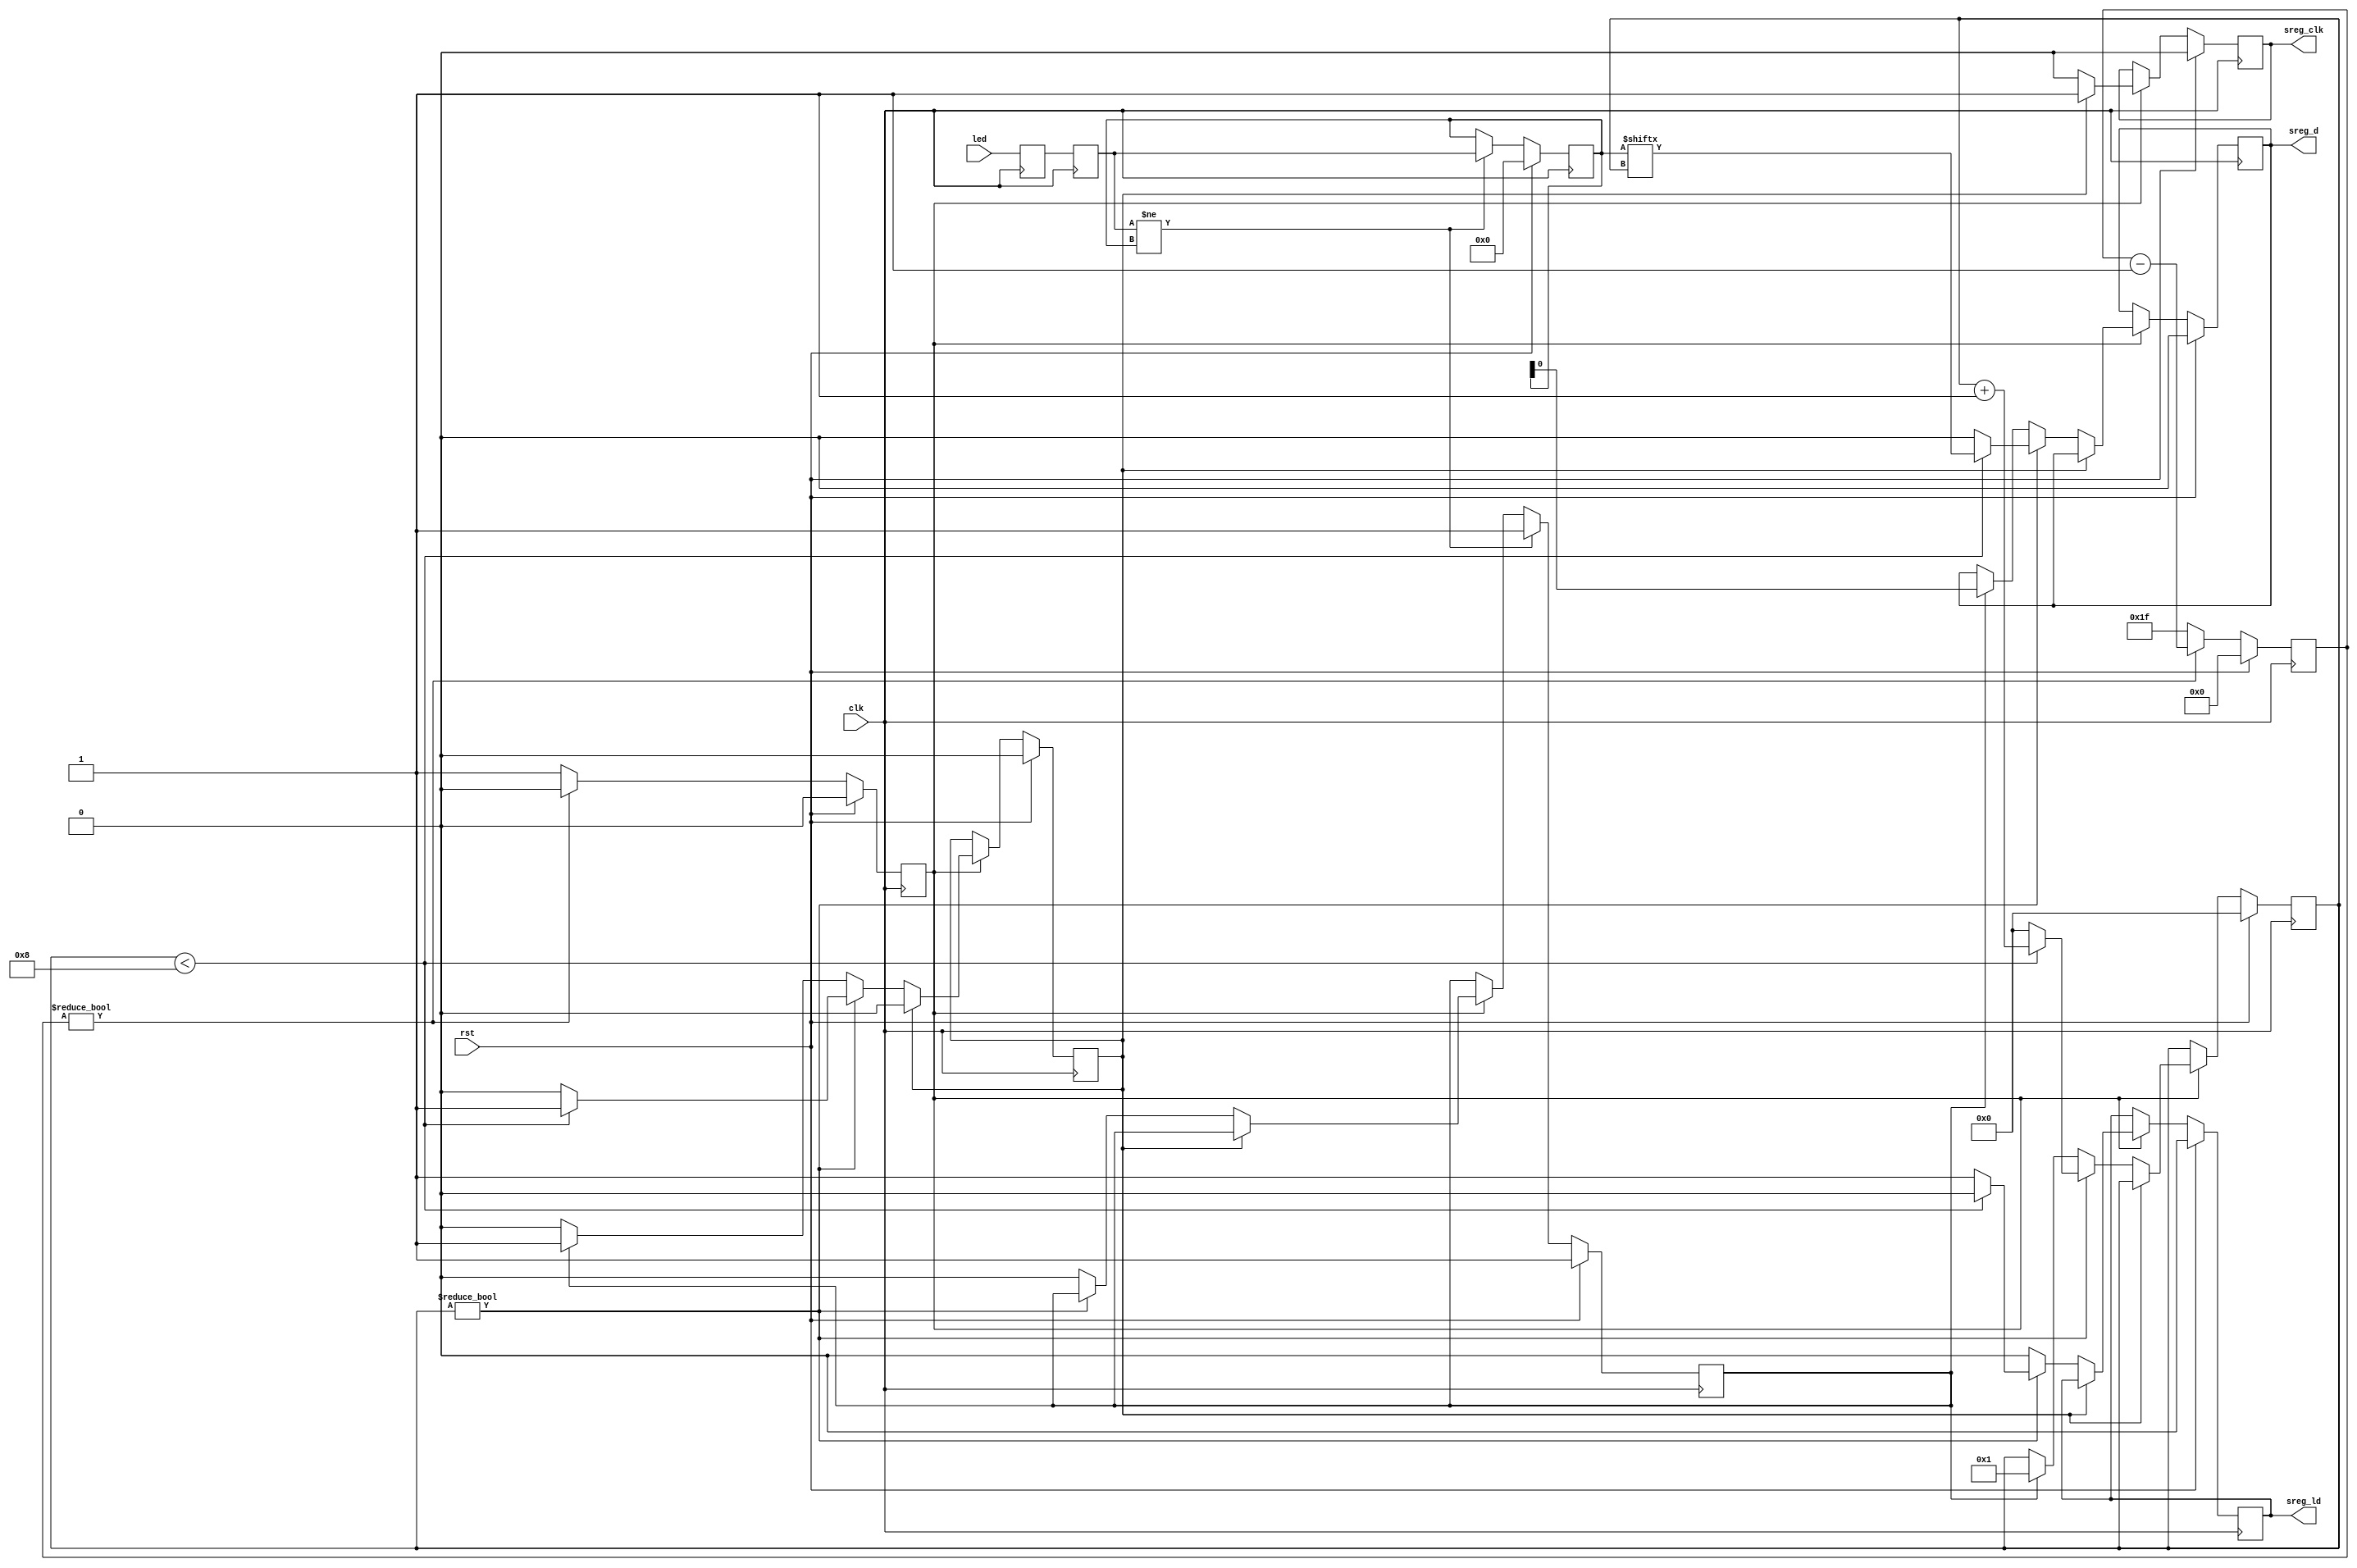
// This program was cloned from: https://github.com/alexforencich/verilog-ethernet
// License: MIT License

/*

Copyright (c) 2020 Alex Forencich

Permission is hereby granted, free of charge, to any person obtaining a copy
of this software and associated documentation files (the "Software"), to deal
in the Software without restriction, including without limitation the rights
to use, copy, modify, merge, publish, distribute, sublicense, and/or sell
copies of the Software, and to permit persons to whom the Software is
furnished to do so, subject to the following conditions:

The above copyright notice and this permission notice shall be included in
all copies or substantial portions of the Software.

THE SOFTWARE IS PROVIDED "AS IS", WITHOUT WARRANTY OF ANY KIND, EXPRESS OR
IMPLIED, INCLUDING BUT NOT LIMITED TO THE WARRANTIES OF MERCHANTABILITY
FITNESS FOR A PARTICULAR PURPOSE AND NONINFRINGEMENT. IN NO EVENT SHALL THE
AUTHORS OR COPYRIGHT HOLDERS BE LIABLE FOR ANY CLAIM, DAMAGES OR OTHER
LIABILITY, WHETHER IN AN ACTION OF CONTRACT, TORT OR OTHERWISE, ARISING FROM,
OUT OF OR IN CONNECTION WITH THE SOFTWARE OR THE USE OR OTHER DEALINGS IN
THE SOFTWARE.

*/

// Language: Verilog 2001

`resetall
`timescale 1ns / 1ps
`default_nettype none

/*
 * LED shift register driver
 */
module led_sreg_driver #(
    // number of LEDs
    parameter COUNT = 8,
    // invert output
    parameter INVERT = 0,
    // clock prescale
    parameter PRESCALE = 31
)
(
    input  wire             clk,
    input  wire             rst,

    input  wire [COUNT-1:0] led,

    output wire             sreg_d,
    output wire             sreg_ld,
    output wire             sreg_clk
);

localparam CL_COUNT = $clog2(COUNT+1);
localparam CL_PRESCALE = $clog2(PRESCALE+1);

reg [CL_COUNT-1:0] count_reg = 0;
reg [CL_PRESCALE-1:0] prescale_count_reg = 0;
reg enable_reg = 1'b0;
reg update_reg = 1'b1;
reg cycle_reg = 1'b0;

reg [COUNT-1:0] led_sync_reg_1 = 0;
reg [COUNT-1:0] led_sync_reg_2 = 0;
reg [COUNT-1:0] led_reg = 0;

reg sreg_d_reg = 1'b0;
reg sreg_ld_reg = 1'b0;
reg sreg_clk_reg = 1'b0;

assign sreg_d = INVERT ? !sreg_d_reg : sreg_d_reg;
assign sreg_ld = sreg_ld_reg;
assign sreg_clk = sreg_clk_reg;

always @(posedge clk) begin
    led_sync_reg_1 <= led;
    led_sync_reg_2 <= led_sync_reg_1;

    enable_reg <= 1'b0;

    if (prescale_count_reg) begin
        prescale_count_reg <= prescale_count_reg - 1;
    end else begin
        enable_reg <= 1'b1;
        prescale_count_reg <= PRESCALE;
    end

    if (enable_reg) begin
        if (cycle_reg) begin
            cycle_reg <= 1'b0;
            sreg_clk_reg <= 1'b1;
        end else if (count_reg) begin
            sreg_clk_reg <= 1'b0;
            sreg_ld_reg <= 1'b0;

            if (count_reg < COUNT) begin
                count_reg <= count_reg + 1;
                cycle_reg <= 1'b1;
                sreg_d_reg <= led_reg[count_reg];
            end else begin
                count_reg <= 0;
                cycle_reg <= 1'b0;
                sreg_d_reg <= 1'b0;
                sreg_ld_reg <= 1'b1;
            end
        end else begin
            sreg_clk_reg <= 1'b0;
            sreg_ld_reg <= 1'b0;

            if (update_reg) begin
                update_reg <= 1'b0;

                count_reg <= 1;
                cycle_reg <= 1'b1;
                sreg_d_reg <= led_reg[0];
            end
        end
    end

    if (led_sync_reg_2 != led_reg) begin
        led_reg <= led_sync_reg_2;
        update_reg <= 1'b1;
    end

    if (rst) begin
        count_reg <= 0;
        prescale_count_reg <= 0;
        enable_reg <= 1'b0;
        update_reg <= 1'b1;
        cycle_reg <= 1'b0;
        led_reg <= 0;
        sreg_d_reg <= 1'b0;
        sreg_ld_reg <= 1'b0;
        sreg_clk_reg <= 1'b0;
    end
end

endmodule

`resetall